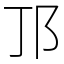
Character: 邒